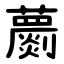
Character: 蘮